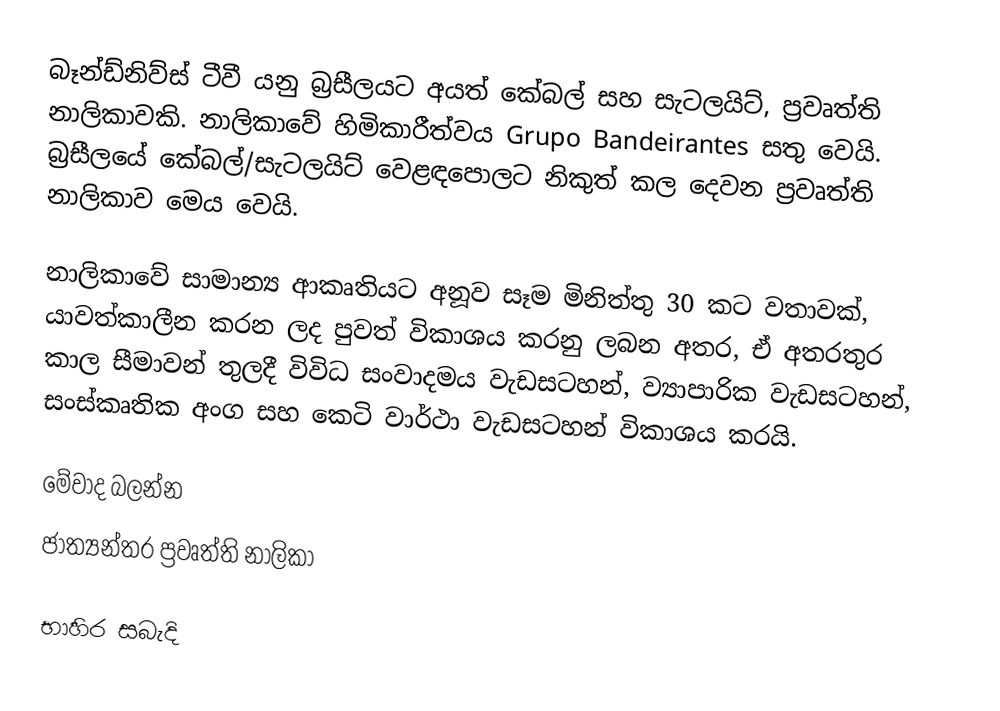
බෑන්ඩ්නිව්ස් ටීවී යනු බ්‍රසීලයට අයත් කේබල් සහ සැටලයිට්, ප්‍රවෘත්ති නාලිකාවකි. නාලිකාවේ හිමිකාරීත්වය Grupo Bandeirantes සතු වෙයි. බ්‍රසීලයේ කේබල්/සැටලයිට් වෙළඳපොලට නිකුත් කල දෙවන ප්‍රවෘත්ති නාලිකාව මෙය වෙයි.

නාලිකාවේ සාමාන්‍ය ආකෘතියට අනූව සෑම මිනිත්තු 30 කට වතාවක්, යාවත්කාලීන කරන ලද පුවත් විකාශය කරනු ලබන අතර, ඒ අතරතුර කාල සීමාවන් තුලදී විවිධ සංවාදමය වැඩසටහන්, ව්‍යාපාරික වැඩසටහන්, සංස්කෘතික අංග සහ කෙටි වාර්ථා වැඩසටහන් විකාශය කරයි.

මේවාද බලන්න
 ජාත්‍යන්තර ප්‍රවෘත්ති නාලිකා

භාහිර සබැදි